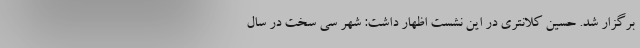
برگزار شد. حسین کلانتری در این نشست اظهار داشت: شهر سی سخت در سال